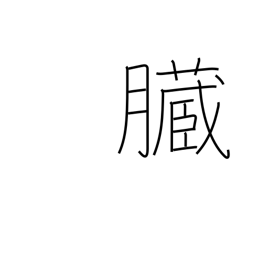
Meaning: bowels